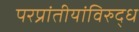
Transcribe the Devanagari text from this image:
परप्रांतीयांविरुद्ध